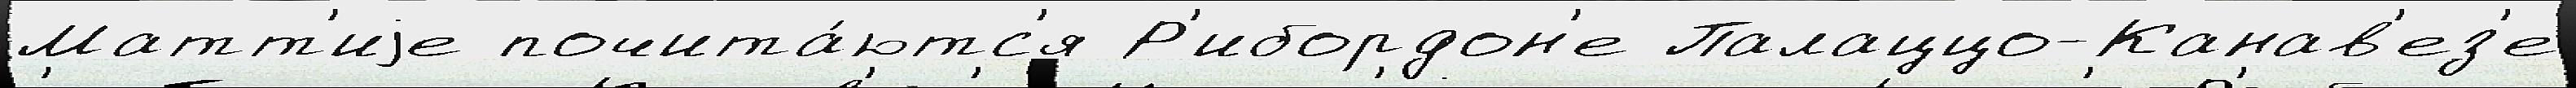
Матт'иjе почита́ютс'я Р'ибордон'е Палаццо-Канав'ез'е